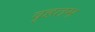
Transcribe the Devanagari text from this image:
वृहतम